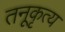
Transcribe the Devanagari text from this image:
तनूकृत्य